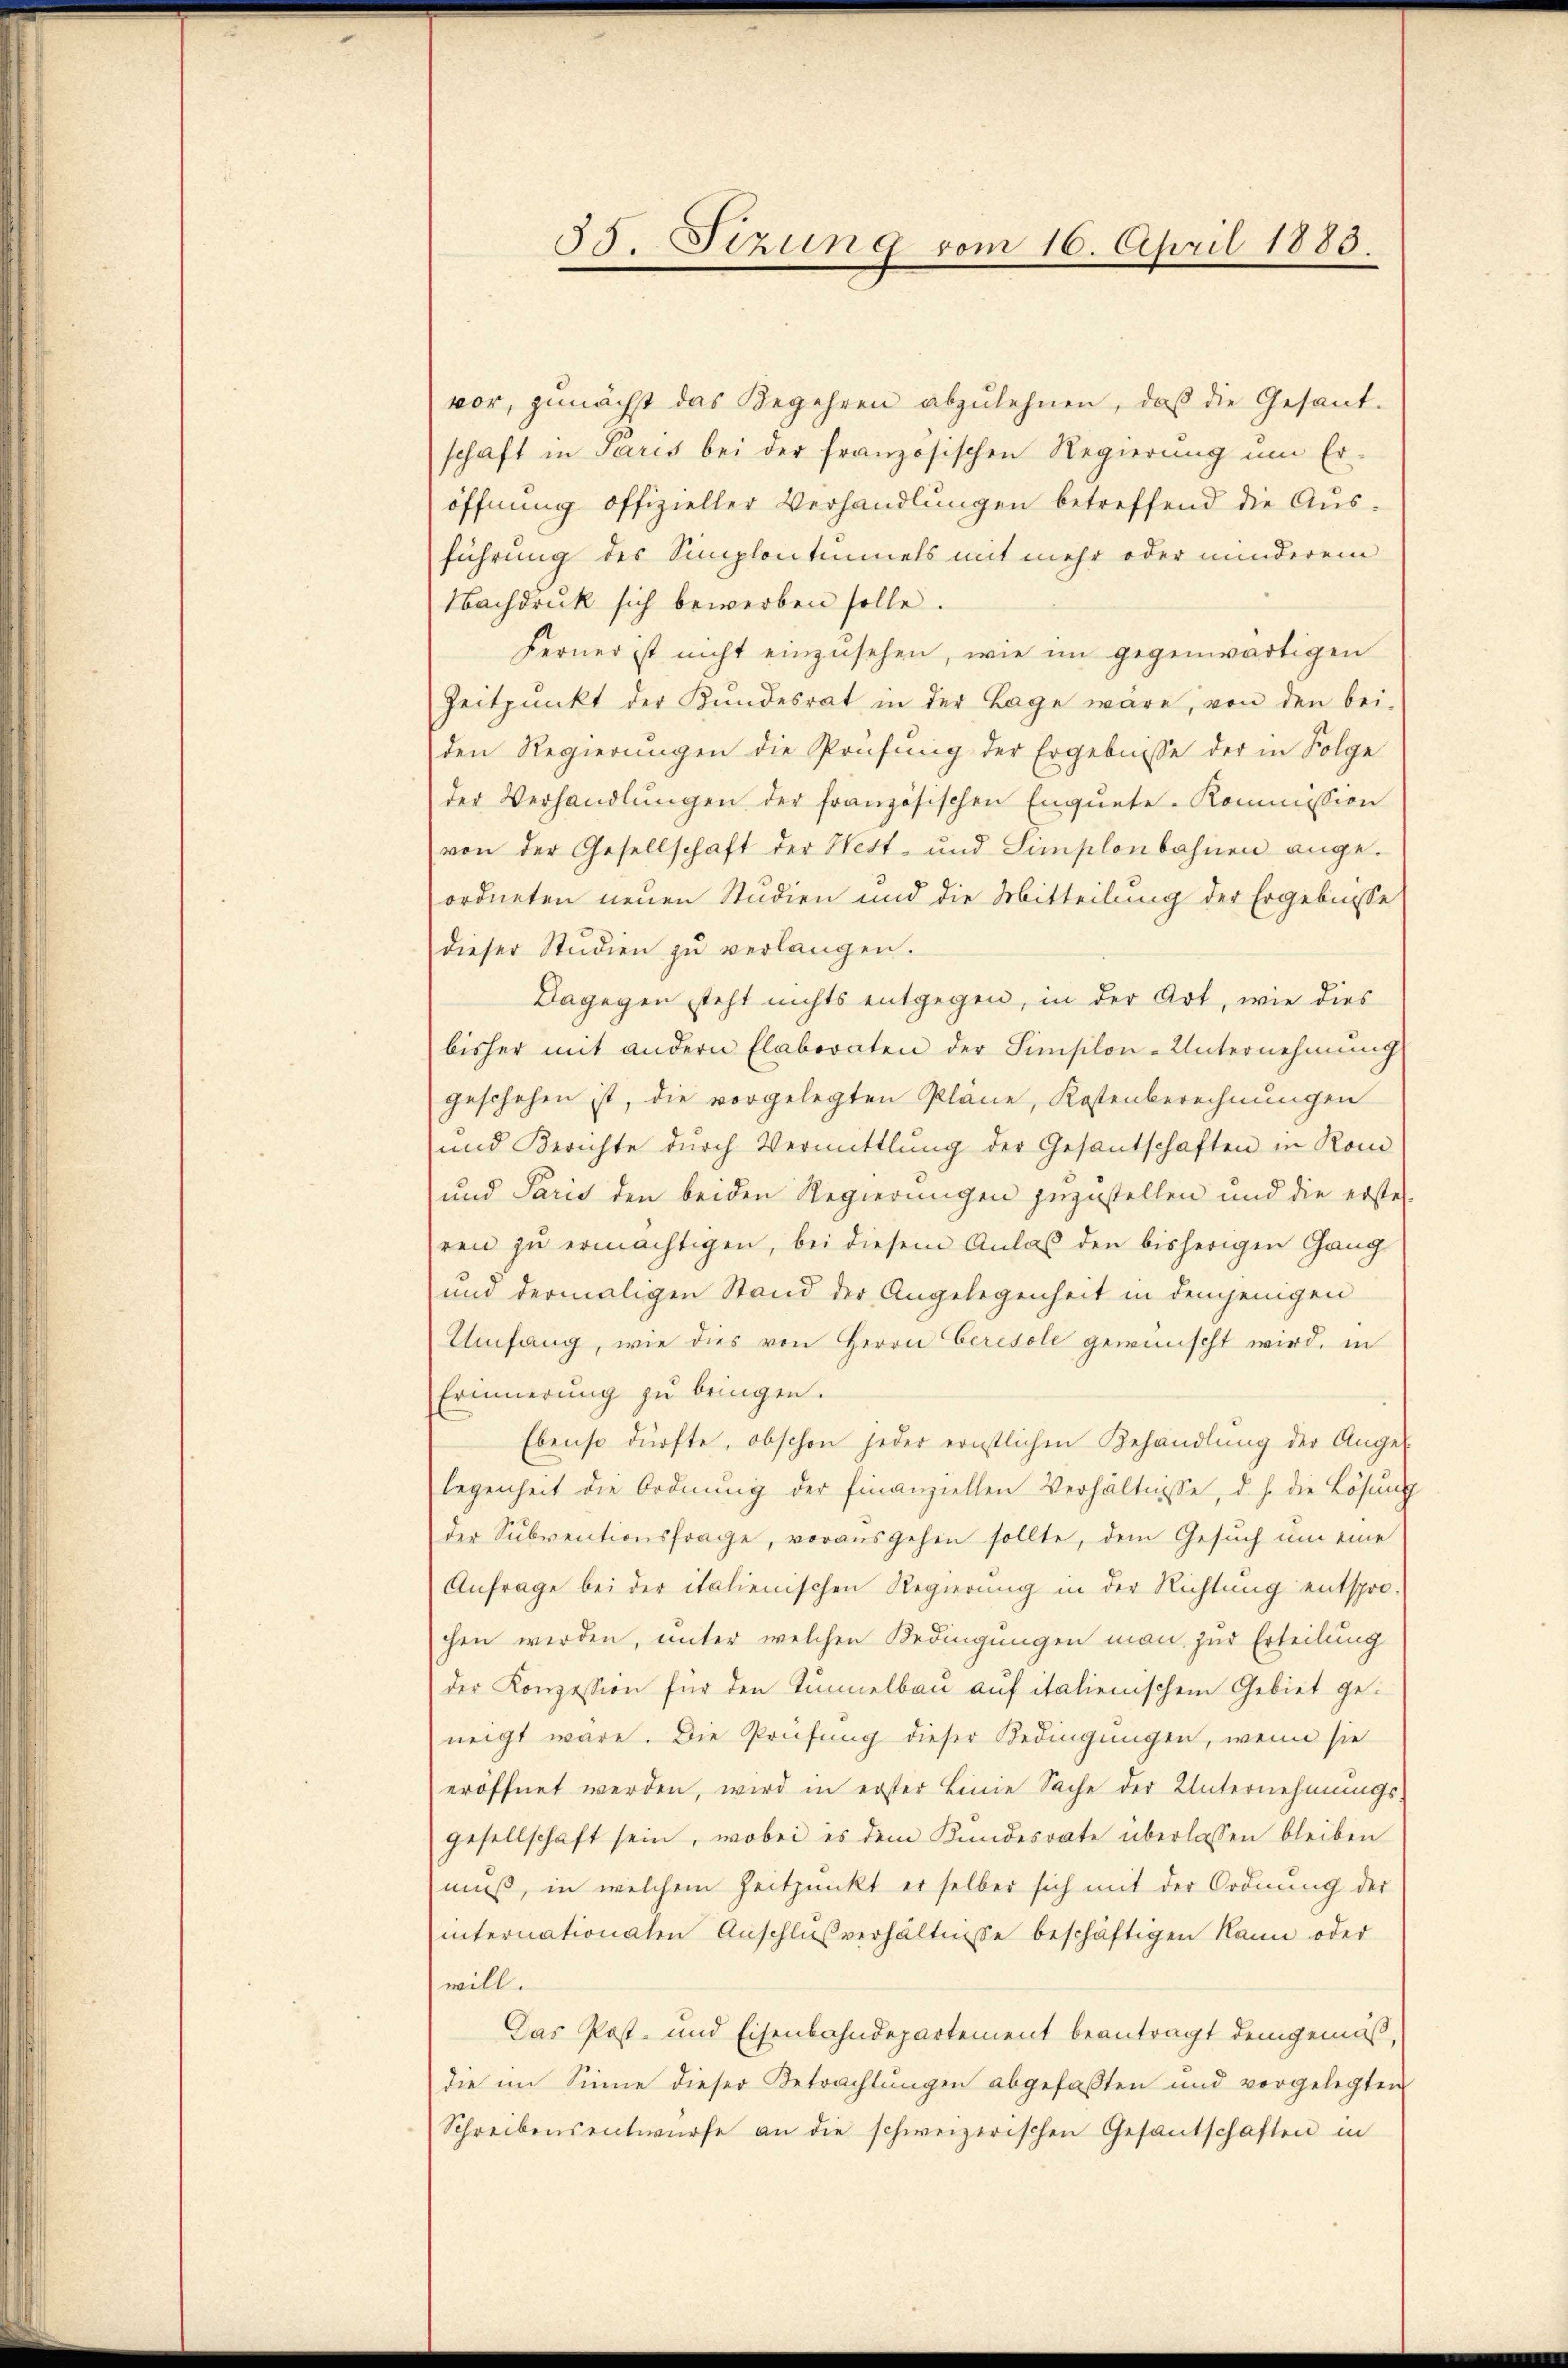
35. Sizung vom 16. April 1883.

vor, zunächst das Begehren abzulehnen, daβ die Gesand-
schaft in Paris bei der französischen Regierung um Er-
öffnung offizieller Verhandlŭngen betreffend die Aŭs-
führung des Semplontinnels mit mehr oder minderem
Nachdruk sich bewerben solle.
Ferner ist nicht einzusehen, wie im gegenwärtigen
Zeitpunkt der Kundesrat in der Lage wäre, von den bei-
den Regierungen die Prüfung der Ergebnisse der in Folge
der Verhandlŭngen der französischen Enqŭete. Kommission
von der Gesellschaft der West- und Simplonbahnen ange-
ordneten neuen Studien und die Mitteilung der Ergebnisse
dieser Studien zu verlangen.
Dagegen steht nichts entgegen, in der Art, wie dies
bisher mit andern Elaboraten der Simsilon-Unternehmung
geschehen ist, die vorgelegten Pläne, Kostenberechnŭngen
und Berichte dŭrch Vermittlung der Gesantschaften in Rom
und Paris den beiden Regierungen zuzustellen und die erste
ren zŭ ermächtigen, bei diesem Anlaβ den bisherigen Gang
und dermaligen Stand der Angelegenheit in demjenigen
Umfang, wie dies von Herrn Ceresole gewünscht wird, in
Erinnerung zu bringen.
Ebenso dürfte, obschon jeder ernstlichen Behandlung der Ange-
legenheit die Ordnung der finanziellen Verhältnisse, d. h. die Lösung
der Subventionsfrage, vorausgehen sollte, dem Gesuch um eine
Anfrage bei der italienischen Regierung in der Richtung entspro-
chen werden, unter welchen Bedingungen man zur Erteilung
der Konzession für den Tunnelbau auf italienischem Gebiet geneigt wäre. Die Prüfung dieser Bedingungen, wenn sie
eröffnet werden, wird in erster Linie Sache der Unternehmungs
gesellschaft sein, wobei es dem Kundesrate überlassen bleiben
muß, in welchem Zeitpunkt er selber sich mit der Ordnung der
internationaten Anschlußverhältnisse beschäftigen kann oder
will.
Das Post- und Eisenbahndepartement beantragt demgemäß,
die im Sinne dieser Betrachtungen abgefaßten und vorgelegten
Schreibensentwürfe an die schweizerischen Gesandschaften in